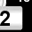
Digit: 2